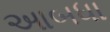
આબધા